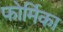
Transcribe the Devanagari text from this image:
फोर्मिका